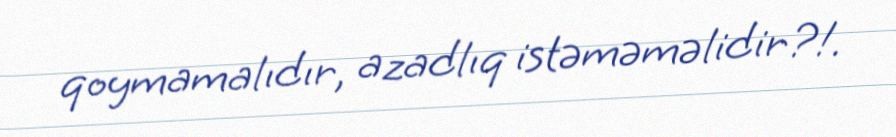
qoymamalıdır, azadlıq istəməməlidir?!.